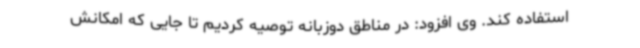
استفاده کند. وی افزود: در مناطق دوزبانه توصیه کردیم تا جایی که امکانش